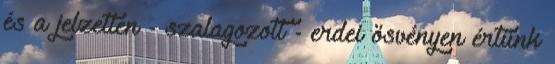
és a jelzetlen - szalagozott - erdei ösvényen értünk